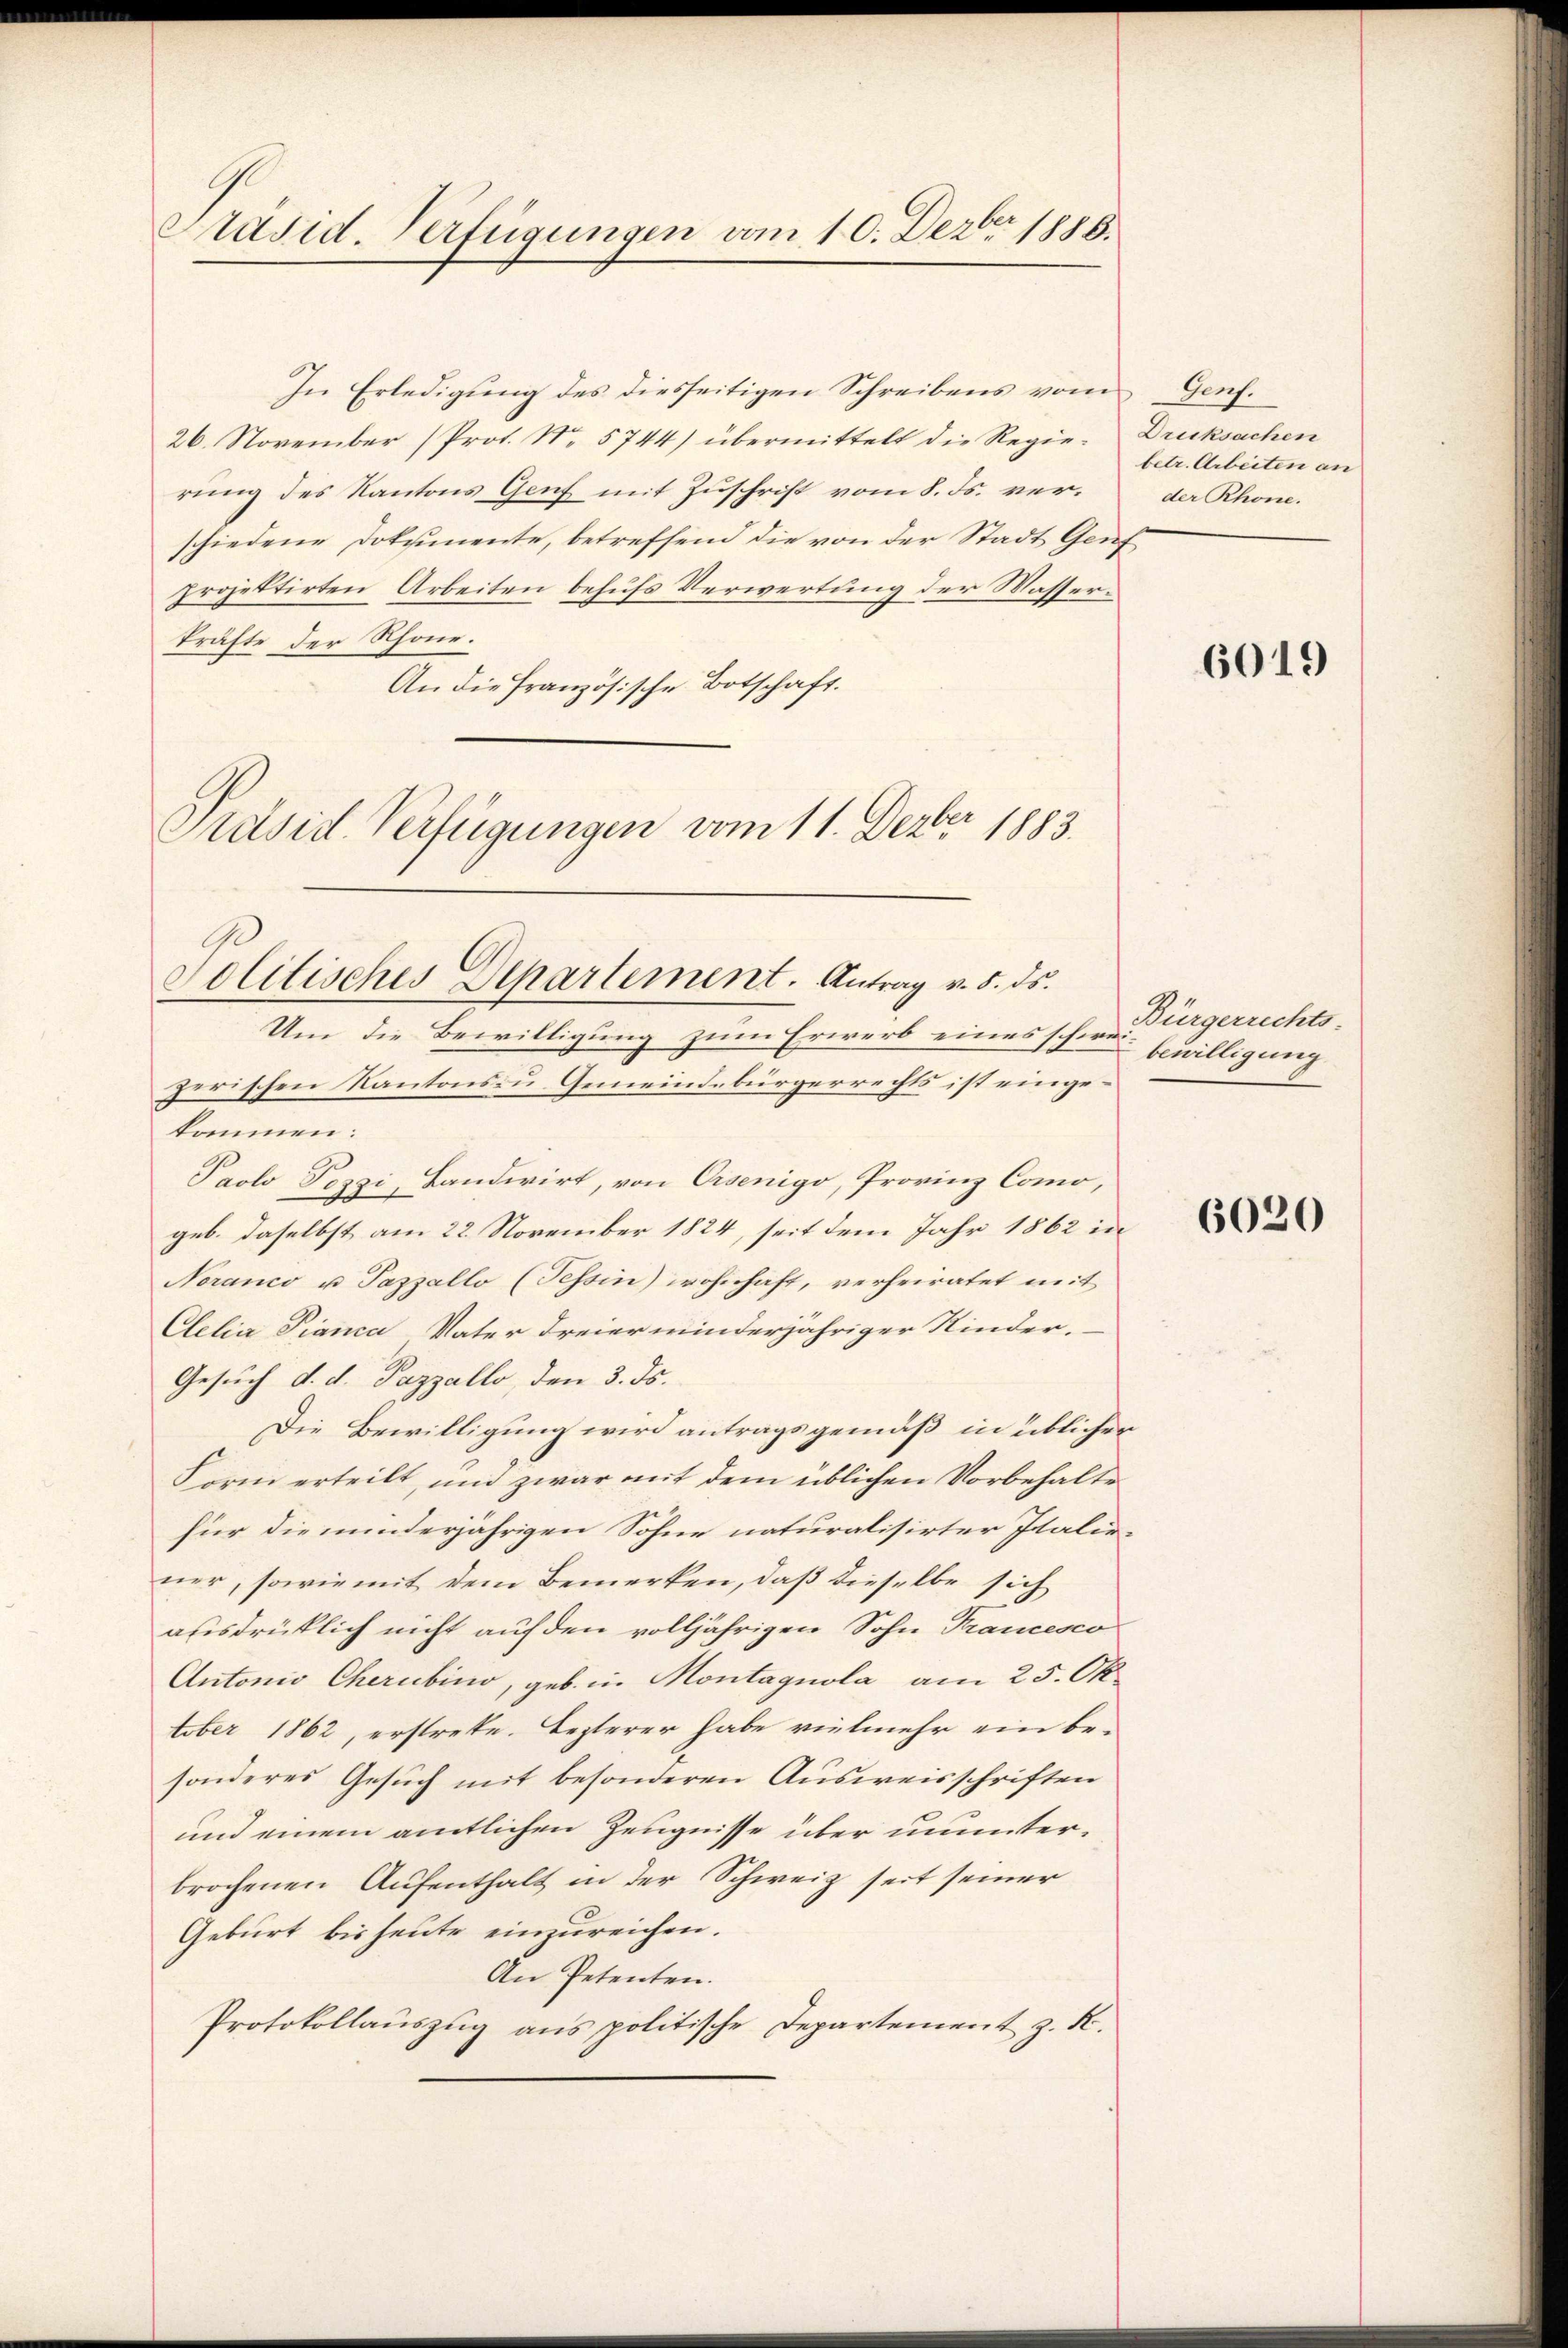
Päsid. Verfügungen vom 10. Dezbr 1886.

In Erledigung des diesseitigen Schreibens vom
26. November (Prot. N. 5744) übermittelt die Regierung des Kantons Genf mit Zuschrift vom 8. ds. verschiedene Dokumente, betreffend die von der Stadt Genf
projektirten Arbeiten behufs Verwertung der Wasserkräfte der Rhone.
An die französische Botschaft.
Präsid. Verfügungen vom 11. Dez. 1883.

Politisches Departement. Antrag v. 5. ds.
Um die Bewilligung zum Erwerb eines schwe¬

Genf.
Drucksachen
betr. Arbeiten an
der Rhone.

zerischen Kantons zu Gemeindebürgerrechts ist eingekommen:
Paolo Pozzi, Landwirt, von Orsenigo, Provinz Como,
geb. daselbst am 22. November 1824, seit dem Jahr 1862 in
Noranco u Pazzallo (Tessin) wohnhaft, verheiratet mit
Clelia Pianca Vater dreierminderjähriger Kinder.
Gesuch d. d. Pazzallo, den 3. ds.
Die Bewilligung wird antragsgemäß in üblicher
Form erteilt, und zwar mit dem üblichen Vorbehalte
für die minderjährigen Sohne naturalisirter Italiener, sowie mit dem Bemerken, daß dieselbe sich
ausdrücklich nicht auf den volljährigen Sohn Francesco
Antonio Cherubino, geb. in Montagnola am 25. Oktober 1862, erstrete. Lezterer habe vielmehr ein besonderes Gesŭch mit besonderen Ausweisschriften
und einem amtlichen Zeugnisse über ununterbrochenen Aufenthalt in der Schweiz seit seiner
Geburt bis heute einzŭreichen.
An Petenten.
Protokollauszug aus politische Departement z. K.

6019

Bürgerrechts-
bewilligung

6020